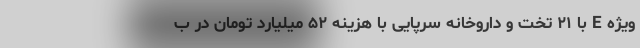
ویژه E با ۲۱ تخت و داروخانه سرپایی با هزینه ۵۲ میلیارد تومان در ب